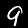
Label: 9